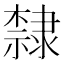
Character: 隸